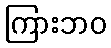
ကြားဘဝ